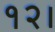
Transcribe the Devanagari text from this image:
१२।